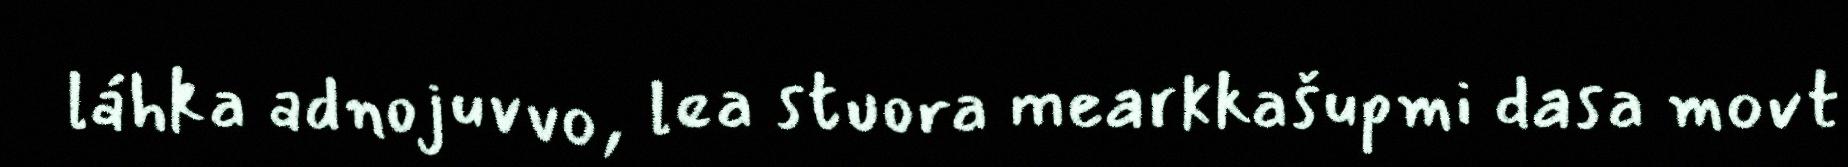
láhka adnojuvvo, lea stuora mearkkašupmi dasa movt